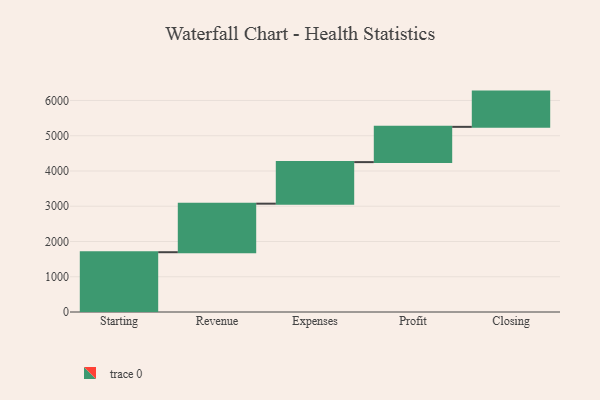
{"axis": {"x": "Step", "y": "Value"}, "legend": [""], "data": [{"x": "Starting", "y": 1696.0, "type": ""}, {"x": "Revenue", "y": 1377.0, "type": ""}, {"x": "Expenses", "y": 1179.0, "type": ""}, {"x": "Profit", "y": 1000, "type": ""}, {"x": "Closing", "y": 1000, "type": ""}]}